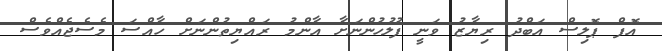
އޮފް ޕޮލިސް އަބްދު ރިޔާޒު ވަނީ ފުލުހުންނަށާ އާންމު ރައްޔިތުންނަށް ހާއްސަ މެސެޖެއްވެސް